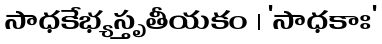
సాధకేభ్యస్తృతీయకం । 'సాధకాః'